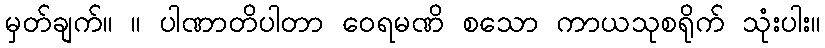
မှတ်ချက်။ ။ ပါဏာတိပါတာ ဝေရမဏိ စသော ကာယသုစရိုက် သုံးပါး။